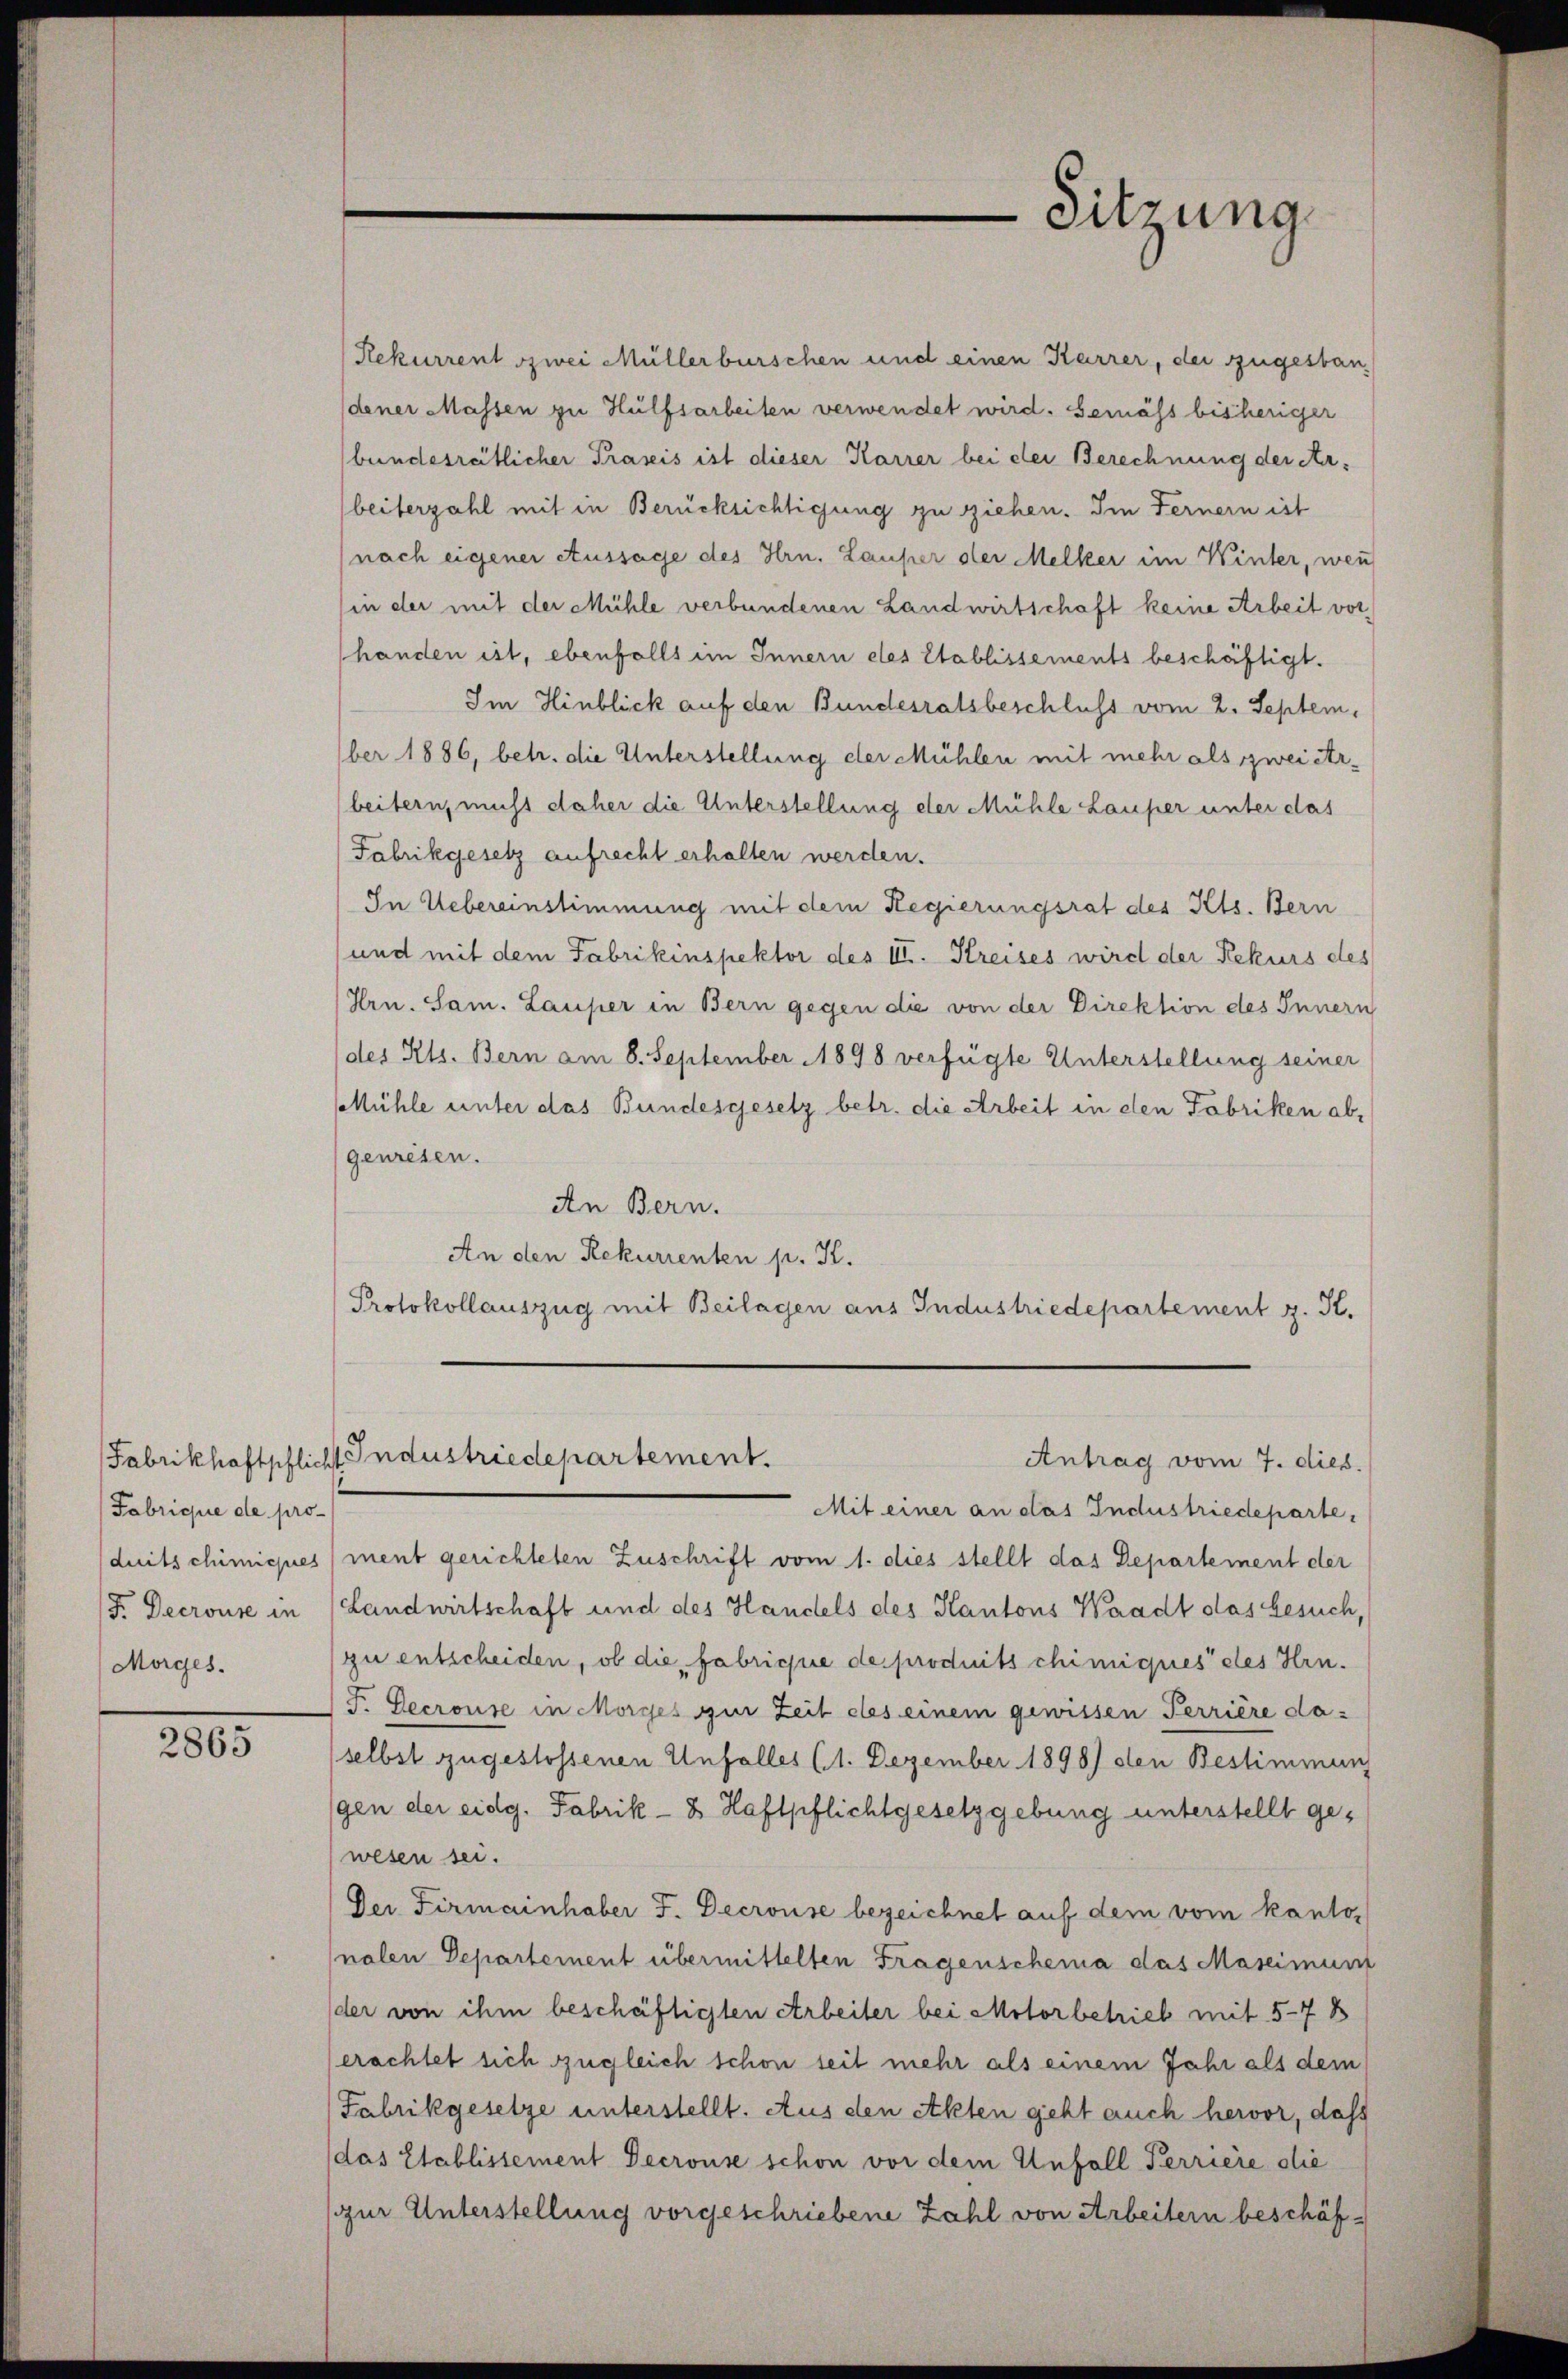
Fabrique de pro¬
Morges.

2805

Sitzung

Rekurrent zwei Müllerburschen und einen Karrer, der zugestandener Massen zu Hülfsarbeiten verwendet wird. Gemäss bisheriger
bundesrätlicher Praxis ist dieser Karrer bei der Berechnung der Aabeiterzahl mit in Berücksichtigung zu ziehen. Im Fernern ist
(nach eigener Aussage des Hrn. Lauper der Melker im Winter, wen
(in der mit der Mühle verbundenen Landwirtschaft keine Arbeit vor
handen ist, ebenfalls im Innern des Etablissements beschäftigt.
Im Hinblick auf den Bundesratsbeschluss vom 2. Septem,
ber 1886, betr. die Unterstellung der Mühlen mit mehr als zwei Arbeitern, muss daher die Unterstellung der Mühle Lauper unter das
Fabrikgesetz aufrecht erhalten werden.
In Uebereinstimmung mit dem Regierungsrat des Kts. Bern
und mit dem Fabrikinspektor des III. Kreises wird der Rekurs des
Hrn. Sam. Lauper in Bern gegen die von der Direktion des Innern
des Kts. Bern am 8. September 1898 verfügte Unterstellung seiner
Mühle unter das Bundesgesetz betr. die Arbeit in den Fabriken abgenresen.
An Bern.
An den Rekurrenten p. K.
Protokollauszug mit Beilagen aus Industriedepartement z. St.

Mit einer an das Industriedeparte,
duitschimices ment gerichteten Zuschrift vom 1. dies stellt das Departement der
F. Decrouse in (Landwirtschaft und des Handels des Kantons Waadt das Gesuch,
zu entscheiden, ob die fabrique des produits chimiques des Hrn.
F. Decrouse in Morges zur Zeit des einem gewissen Perrière daselbst zugestossenen Unfalles (1. Dezember 1898) den Bestimmung
gen der eidg. Fabrik- 8 Haftpflichtgesetzgebung unterstellt gewesen sei.
Der Firmainhaber F. Decrouse bezeichnet auf dem vom kantonalen Departement übermittelten Fragenscheina das Maseimunt
der von ihm beschäftigten Arbeiter bei Motorbetrieb mit 5-7 B
erachtet sich zugleich schon seit mehr als einem Jahr als dem
Fabrikgesetze unterstellt. Aus den Akten geht auch hervor, dass
das Etablissement Decrouse schon vor dem Unfall Perriere die
zur Unterstellung vorgeschriebene Zahl von Arbeitern beschäf-

Fabrikhoftpflicht Industriedepartement.
Antrag vom 7. dies.